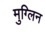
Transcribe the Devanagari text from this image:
मुग्लिन